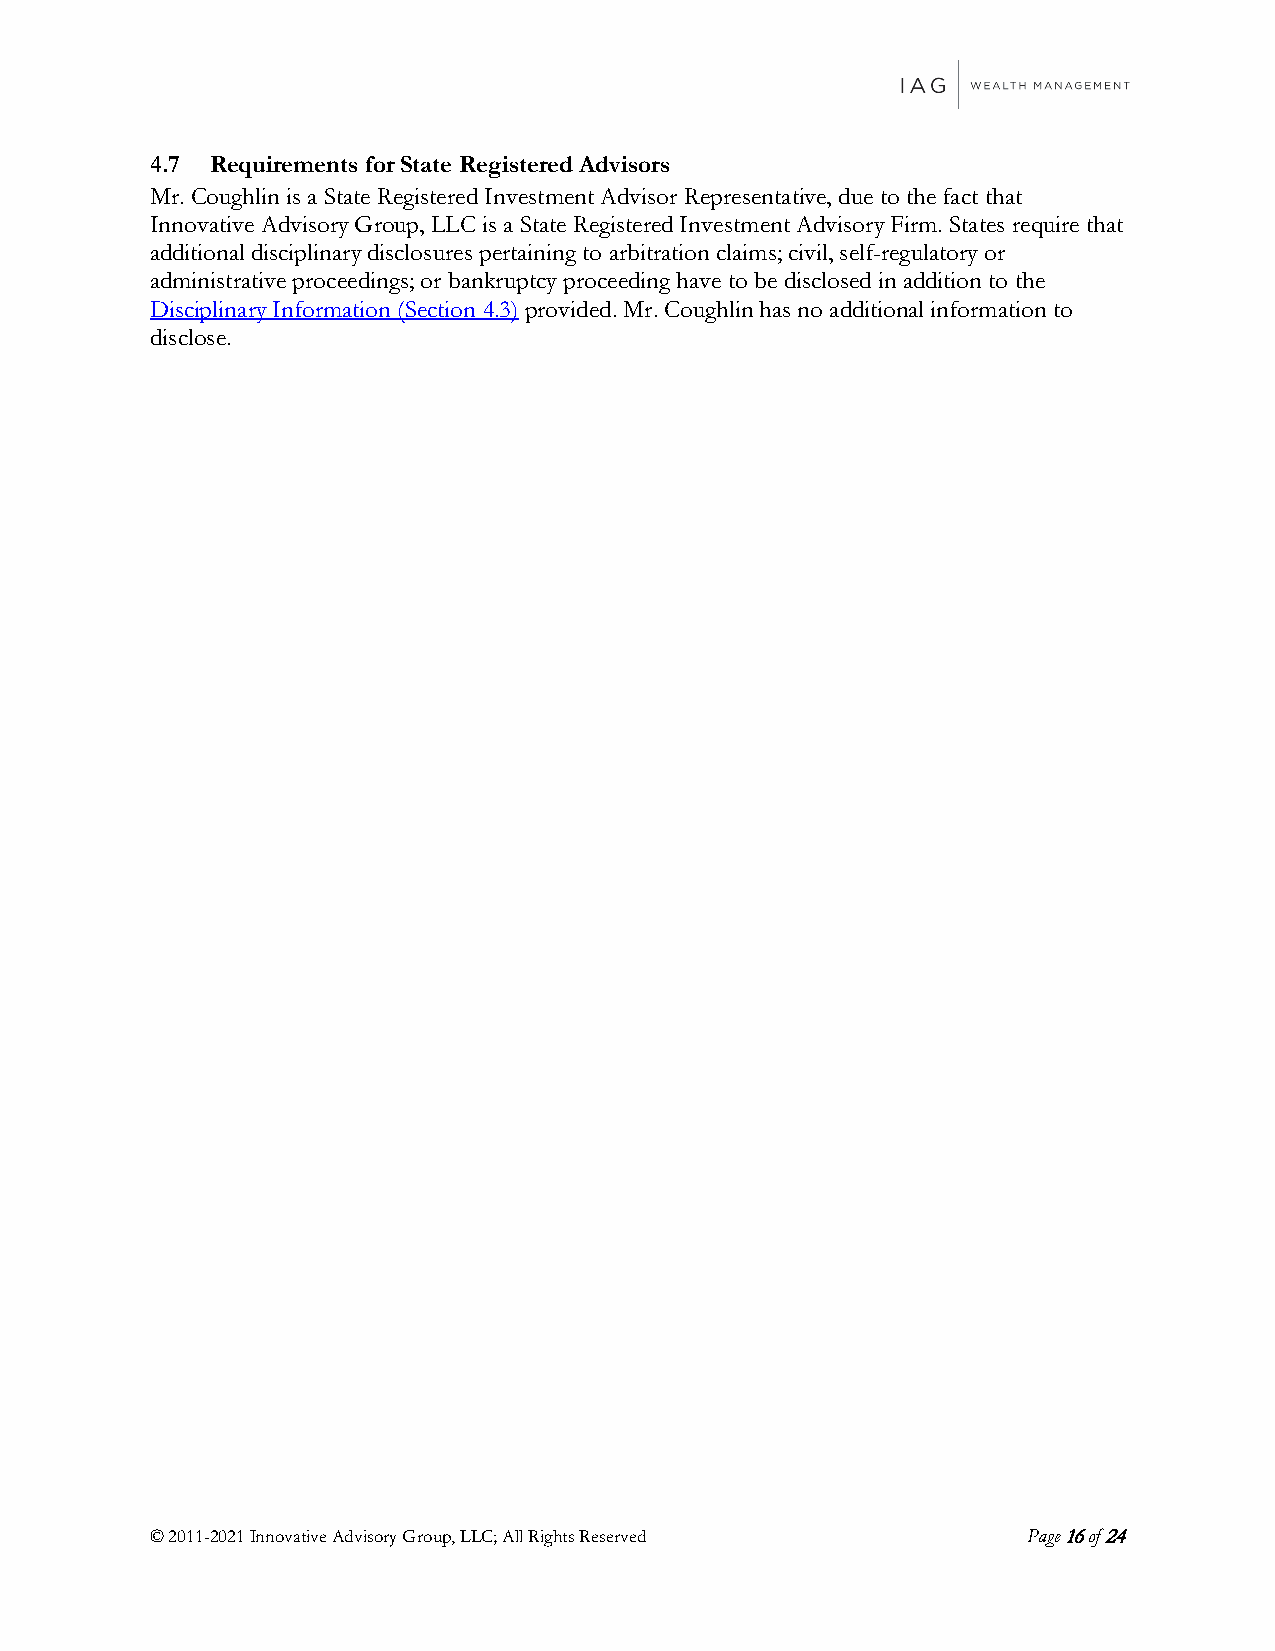
4.7 Requirements for State Registered Advisors
 Mr. Coughlin is a State Registered Investment Advisor Representative, due to the fact that
 Innovative Advisory Group, LLC is a State Registered Investment Advisory Firm. States require that
 additional disciplinary disclosures pertaining to arbitration claims; civil, self-regulatory or
 administrative proceedings; or bankruptcy proceeding have to be disclosed in addition to the
 Disciplinary Information (Section 4.3) provided. Mr. Coughlin has no additional information to
 disclose.
 © 2011-2021 Innovative Advisory Group, LLC; All Rights Reserved Page 16 of 24